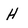
Character: H